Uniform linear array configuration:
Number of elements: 8
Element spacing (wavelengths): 0.25
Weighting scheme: blackman
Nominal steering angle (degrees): -60
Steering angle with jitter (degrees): -59.795
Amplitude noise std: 0.05
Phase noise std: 0.05

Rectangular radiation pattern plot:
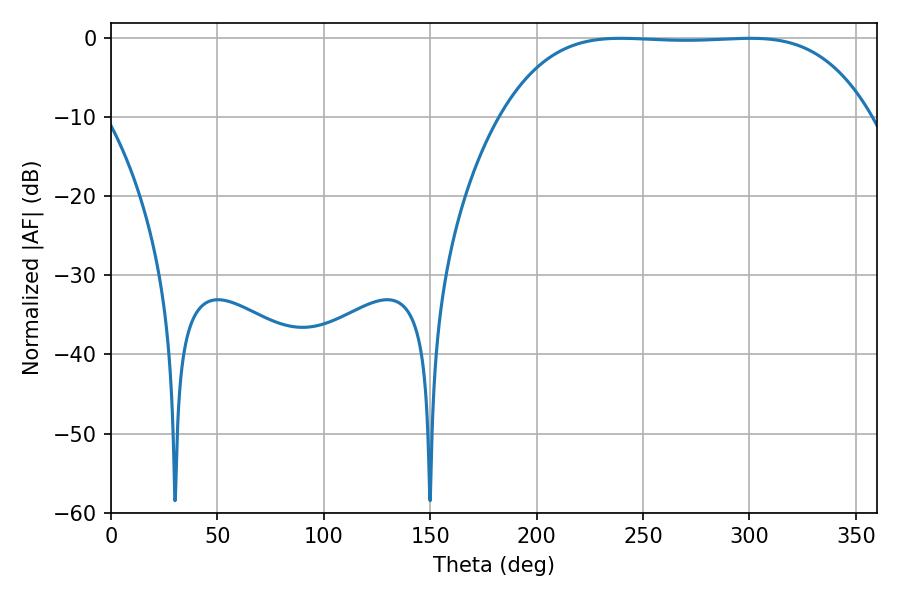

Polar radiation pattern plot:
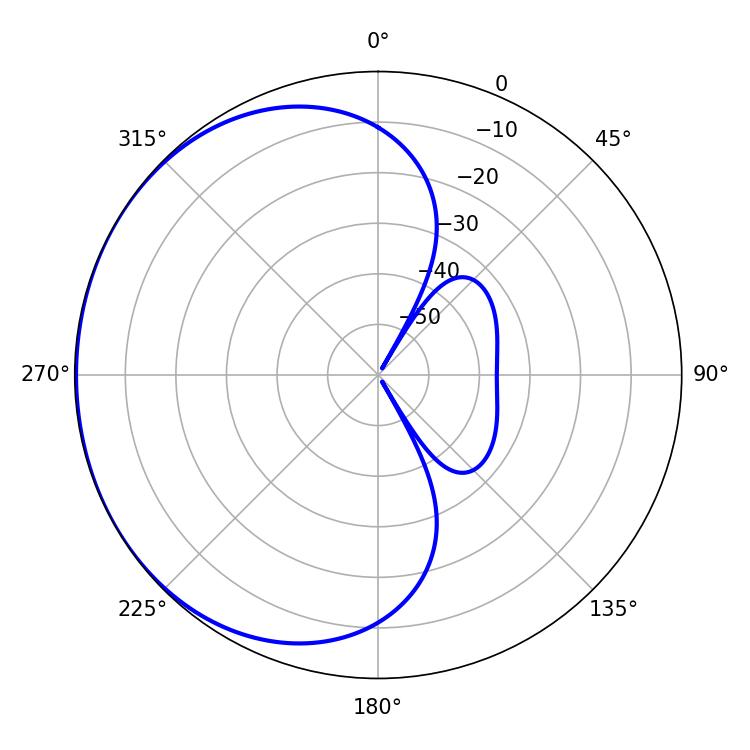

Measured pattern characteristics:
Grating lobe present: FALSE
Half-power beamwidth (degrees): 133.56
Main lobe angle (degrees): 239.58